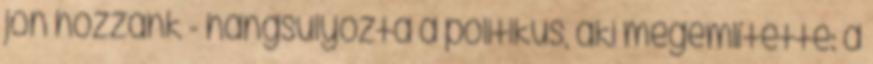
jön hozzánk - hangsúlyozta a politikus, aki megemlítette: a